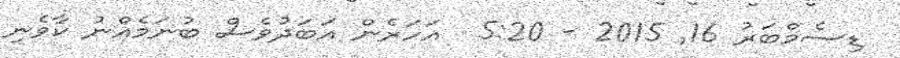
ޑިސެމްބަރު 16